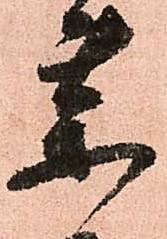
薬